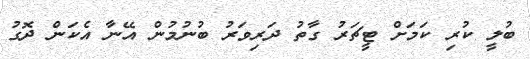
ބުލީ ކުރި ކަމަށް ޓީޗަރު ގާތު ދަރިވަރު ބުނުމުން އޭނާ އެކަން ދޮގު